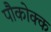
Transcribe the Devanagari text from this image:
पौकोक्क